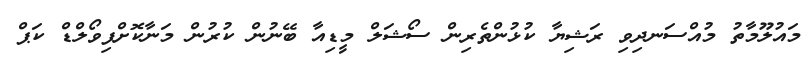
މައުލޫމާތު މުއްސަނދިވި ރަޝިޔާ ކުޅުންތެރިން ސޯޝަލް މީޑިއާ ބޭނުން ކުރުން މަނާކޮށްފިވޯލްޑް ކަޕް